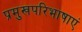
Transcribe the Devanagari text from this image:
प्रमुखपरिभाषाएं